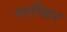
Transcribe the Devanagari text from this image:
पार्रीकर